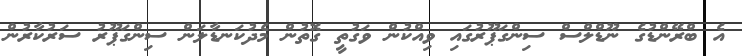
އެ ބްރޭންޑުގެ ނޫޑްލްސް ސިންގަޕޫރުގައި ވިއްކުން ވަގުތީ ގޮތުން މެދުކަނޑާލަން ސިންގަޕޫރު ސަރުކާރުން